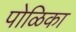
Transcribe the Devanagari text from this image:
पोळिका